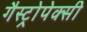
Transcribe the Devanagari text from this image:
गैस्ट्रोपेक्सी